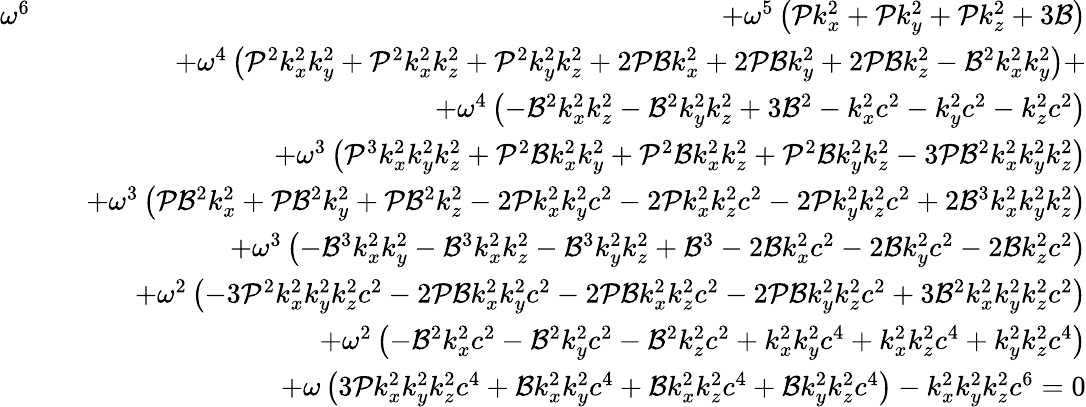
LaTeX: \begin{array}{rlr}{\omega^{6}}&{}&{+\omega^{5}\left(\mathcal{P}k_{x}^{2}+\mathcal{P}k_{y}^{2}+\mathcal{P}k_{z}^{2}+3\mathcal{B}\right)}\\ &{}&{+\omega^{4}\left(\mathcal{P}^{2}k_{x}^{2}k_{y}^{2}+\mathcal{P}^{2}k_{x}^{2}k_{z}^{2}+\mathcal{P}^{2}k_{y}^{2}k_{z}^{2}+2\mathcal{P}\mathcal{B}k_{x}^{2}+2\mathcal{P}\mathcal{B}k_{y}^{2}+2\mathcal{P}\mathcal{B}k_{z}^{2}-\mathcal{B}^{2}k_{x}^{2}k_{y}^{2}\right)+}\\ &{}&{+\omega^{4}\left(-\mathcal{B}^{2}k_{x}^{2}k_{z}^{2}-\mathcal{B}^{2}k_{y}^{2}k_{z}^{2}+3\mathcal{B}^{2}-k_{x}^{2}c^{2}-k_{y}^{2}c^{2}-k_{z}^{2}c^{2}\right)}\\ &{}&{+\omega^{3}\left(\mathcal{P}^{3}k_{x}^{2}k_{y}^{2}k_{z}^{2}+\mathcal{P}^{2}\mathcal{B}k_{x}^{2}k_{y}^{2}+\mathcal{P}^{2}\mathcal{B}k_{x}^{2}k_{z}^{2}+\mathcal{P}^{2}\mathcal{B}k_{y}^{2}k_{z}^{2}-3\mathcal{P}\mathcal{B}^{2}k_{x}^{2}k_{y}^{2}k_{z}^{2}\right)}\\ &{}&{+\omega^{3}\left(\mathcal{P}\mathcal{B}^{2}k_{x}^{2}+\mathcal{P}\mathcal{B}^{2}k_{y}^{2}+\mathcal{P}\mathcal{B}^{2}k_{z}^{2}-2\mathcal{P}k_{x}^{2}k_{y}^{2}c^{2}-2\mathcal{P}k_{x}^{2}k_{z}^{2}c^{2}-2\mathcal{P}k_{y}^{2}k_{z}^{2}c^{2}+2\mathcal{B}^{3}k_{x}^{2}k_{y}^{2}k_{z}^{2}\right)}\\ &{}&{+\omega^{3}\left(-\mathcal{B}^{3}k_{x}^{2}k_{y}^{2}-\mathcal{B}^{3}k_{x}^{2}k_{z}^{2}-\mathcal{B}^{3}k_{y}^{2}k_{z}^{2}+\mathcal{B}^{3}-2\mathcal{B}k_{x}^{2}c^{2}-2\mathcal{B}k_{y}^{2}c^{2}-2\mathcal{B}k_{z}^{2}c^{2}\right)}\\ &{}&{+\omega^{2}\left(-3\mathcal{P}^{2}k_{x}^{2}k_{y}^{2}k_{z}^{2}c^{2}-2\mathcal{P}\mathcal{B}k_{x}^{2}k_{y}^{2}c^{2}-2\mathcal{P}\mathcal{B}k_{x}^{2}k_{z}^{2}c^{2}-2\mathcal{P}\mathcal{B}k_{y}^{2}k_{z}^{2}c^{2}+3\mathcal{B}^{2}k_{x}^{2}k_{y}^{2}k_{z}^{2}c^{2}\right)}\\ &{}&{+\omega^{2}\left(-\mathcal{B}^{2}k_{x}^{2}c^{2}-\mathcal{B}^{2}k_{y}^{2}c^{2}-\mathcal{B}^{2}k_{z}^{2}c^{2}+k_{x}^{2}k_{y}^{2}c^{4}+k_{x}^{2}k_{z}^{2}c^{4}+k_{y}^{2}k_{z}^{2}c^{4}\right)}\\ &{}&{+\omega\left(3\mathcal{P}k_{x}^{2}k_{y}^{2}k_{z}^{2}c^{4}+\mathcal{B}k_{x}^{2}k_{y}^{2}c^{4}+\mathcal{B}k_{x}^{2}k_{z}^{2}c^{4}+\mathcal{B}k_{y}^{2}k_{z}^{2}c^{4}\right)-k_{x}^{2}k_{y}^{2}k_{z}^{2}c^{6}=0}\end{array}